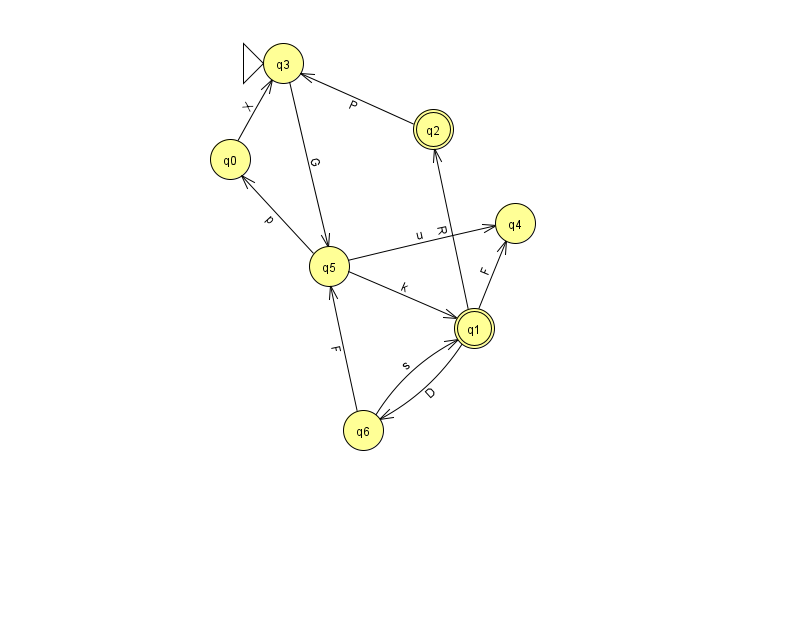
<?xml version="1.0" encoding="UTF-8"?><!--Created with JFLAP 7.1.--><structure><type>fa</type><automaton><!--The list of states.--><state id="0" name="q0"><x>230.0</x><y>146.0</y></state><state id="1" name="q1"><x>474.0</x><y>315.0</y><final/></state><state id="2" name="q2"><x>433.0</x><y>116.0</y><final/></state><state id="3" name="q3"><x>283.0</x><y>50.0</y><initial/></state><state id="4" name="q4"><x>515.0</x><y>210.0</y></state><state id="5" name="q5"><x>329.0</x><y>253.0</y></state><state id="6" name="q6"><x>363.0</x><y>417.0</y></state><!--The list of transitions.--><transition><from>1</from><to>6</to><read>D</read></transition><transition><from>2</from><to>3</to><read>P</read></transition><transition><from>5</from><to>4</to><read>u</read></transition><transition><from>6</from><to>5</to><read>F</read></transition><transition><from>1</from><to>4</to><read>F</read></transition><transition><from>6</from><to>1</to><read>s</read></transition><transition><from>3</from><to>5</to><read>G</read></transition><transition><from>5</from><to>0</to><read>p</read></transition><transition><from>1</from><to>2</to><read>R</read></transition><transition><from>5</from><to>1</to><read>k</read></transition><transition><from>0</from><to>3</to><read>X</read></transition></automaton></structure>